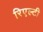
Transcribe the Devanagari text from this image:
रिएल्टी